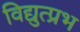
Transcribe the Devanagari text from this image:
विद्युत्प्रभ